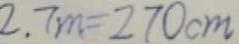
2 . 7 m = 2 7 0 c m